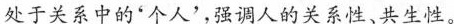
处于关系中的“个人’,强调人的关系性、共生性。